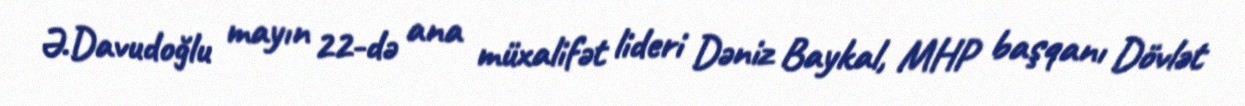
Ə.Davudoğlu mayın 22-də ana müxalifət lideri Dəniz Baykal, MHP başqanı Dövlət